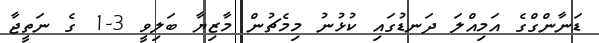
ޑަނާންގްގެ އަމިއްލަ ދަނޑުގައި ކުޅުނު މިމެޗުން މާޒިޔާ ބަލިވީ 3-1 ގެ ނަތީޖާ